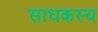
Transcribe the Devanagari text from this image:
साधकस्य